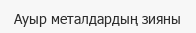
Ауыр металдардың зияны